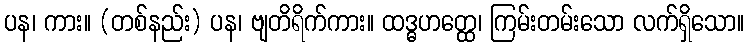
ပန၊ ကား။ (တစ်နည်း) ပန၊ ဗျတိရိက်ကား။ ထဒ္ဓဟတ္ထေ၊ ကြမ်းတမ်းသော လက်ရှိသော။